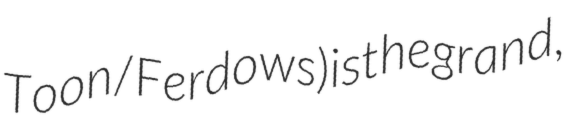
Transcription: Toon/Ferdows) is the grand,